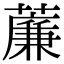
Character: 薕